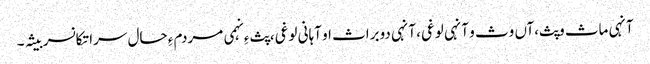
آنہی ماث وپث،آں وث و آنہی لوغی، آنہی دوبراث او آہانی لوغی، پث ءِ نہمی مردم ءِ حال سرا تکانسر بیثہ۔